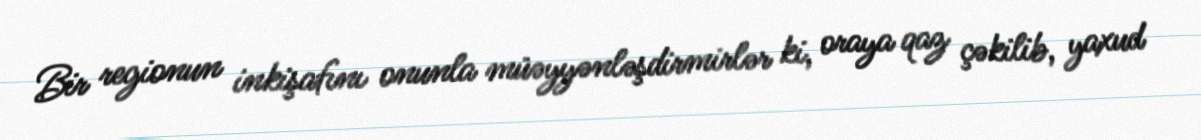
Bir regionun inkişafını onunla müəyyənləşdirmirlər ki, oraya qaz çəkilib, yaxud